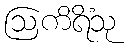
ဩကိရိံသု